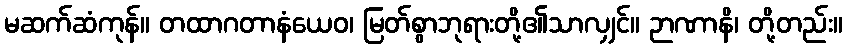
မဆက်ဆံကုန်။ တထာဂတာနံယေဝ၊ မြတ်စွာဘုရားတို့၏သာလျှင်။ ဉာဏာနိ၊ တို့တည်း။